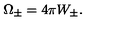
\Omega _ { \pm } = 4 \pi W _ { \pm } .